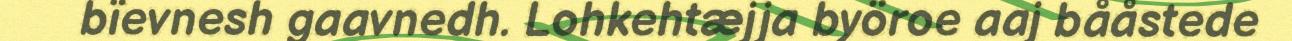
bïevnesh gaavnedh. Lohkehtæjja byöroe aaj bååstede